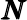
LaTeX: \pmb{N}